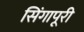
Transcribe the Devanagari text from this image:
सिंगापूरी